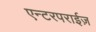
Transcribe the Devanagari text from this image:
एन्टरपराईज़